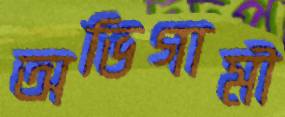
অভিগামী